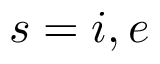
s = i , e